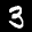
Label: 3